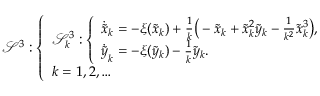
\begin{array} { r } { \ensuremath { \mathcal { S } } ^ { 3 } : \left\{ \begin{array} { l } { \ensuremath { \mathcal { S } } _ { k } ^ { 3 } : \left\{ \begin{array} { l } { \dot { \tilde { x } } _ { k } = - \xi ( \tilde { x } _ { k } ) + \frac { 1 } { k } \big ( - \tilde { x } _ { k } + \tilde { x } _ { k } ^ { 2 } \tilde { y } _ { k } - \frac { 1 } { k ^ { 2 } } \tilde { x } _ { k } ^ { 3 } \big ) , } \\ { \dot { \tilde { y } } _ { k } = - \xi ( \tilde { y } _ { k } ) - \frac { 1 } { k } \tilde { y } _ { k } . } \end{array} \right. } \\ { k = 1 , 2 , \ldots } \end{array} \right. } \end{array}